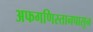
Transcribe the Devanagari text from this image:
अफगणिस्तानपासून